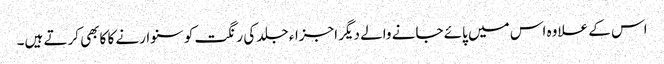
اس کے علاوہ اس میں پائے جانے والے دیگر اجزاء جلد کی رنگت کو سنوارنے کا کابھی کرتے ہیں۔